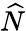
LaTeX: \widehat{N}